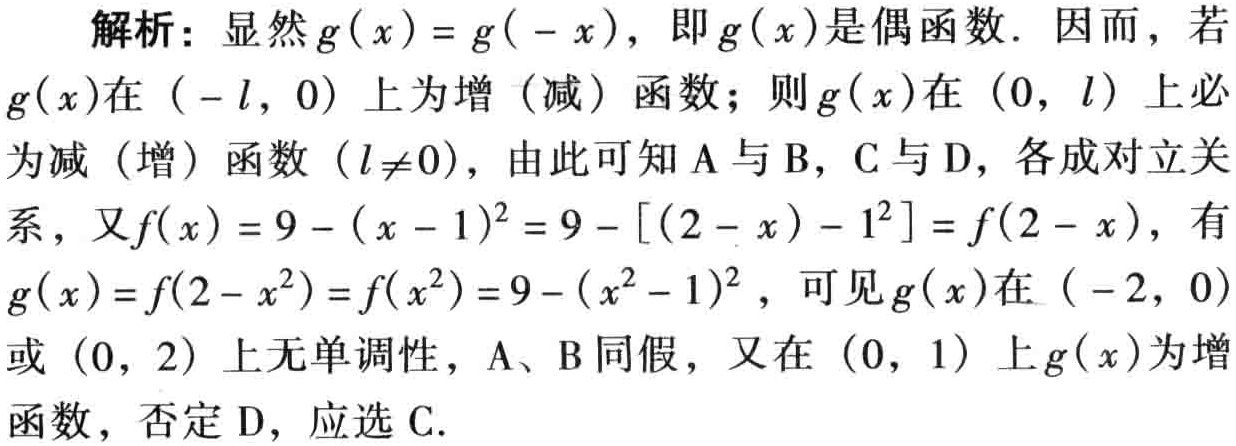
解析：显然\(g(x)=g(-x)\)，即\(g(x)\)是偶函数. 因而，若\(g(x)\)在\((-l,0)\)上为增（减）函数；则\(g(x)\)在\((0,l)\)上必为减（增）函数\((l\neq0)\)，由此可知A与B，C与D，各成对立关系，又\(f(x)=9-(x - 1)^2=9-[(2 - x) - 1^2]=f(2 - x)\)，有\(g(x)=f(2 - x^2)=f(x^2)=9-(x^2 - 1)^2\)，可见\(g(x)\)在\((-2,0)\)或\((0,2)\)上无单调性，A、B同假，又在\((0,1)\)上\(g(x)\)为增函数，否定D，应选C.